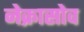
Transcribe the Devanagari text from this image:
नेक्रासोव